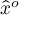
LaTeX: { \hat { x } } ^ { o }